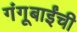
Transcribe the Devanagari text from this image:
गंगूबाईंची